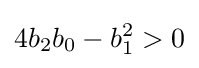
4b_{2}b_{0}-b_{1}^{2}>0